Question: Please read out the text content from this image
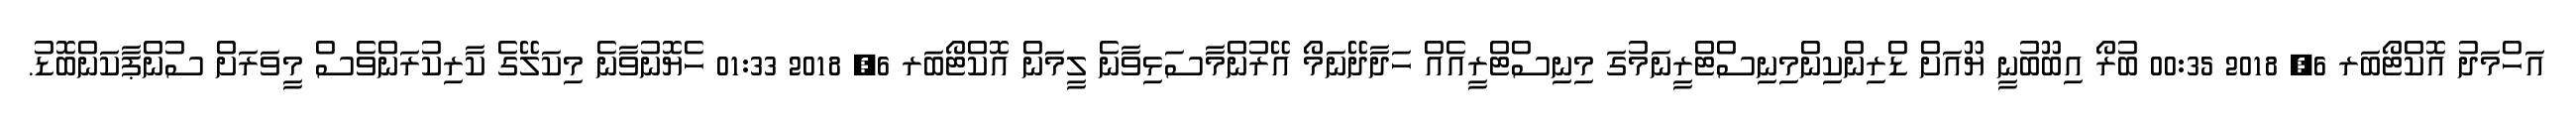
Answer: އަހްމަދު އޮކްޓޯބަރ 6, 2018 00:35 ބުރޯ އިބޫބުނީ ޔޫއަށް ޑްރިންކިންމިނިސްޓްރީނަމުގަ މިނިސްޓްރީއެއް ހަދާދޭނަމޯ އޭރުންމާސަޅިވާނެ ލީމަން އޮކްޓޯބަރ 6, 2018 01:33 ހެޔޮނުވާނެ މިކަލޭގެ ކާރިކުރަންވެސް މީވަރަށް ސުންޕާކަންބޮޑު.